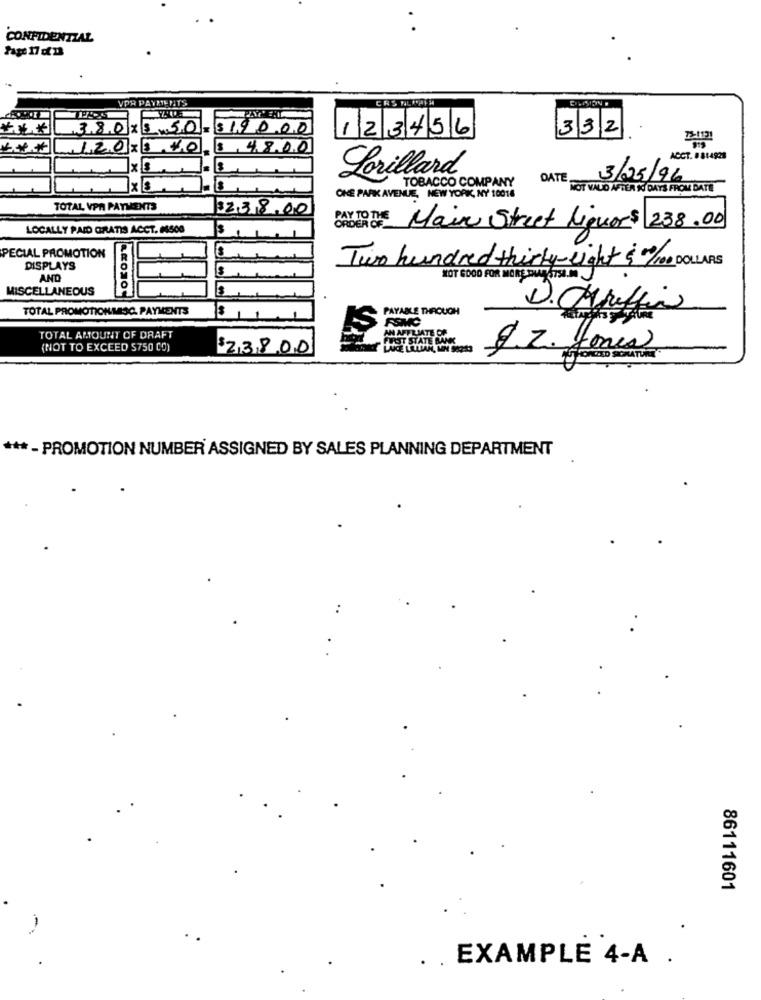
CONFIDENTIAL
Page 17 c 11
VPR PAYMENTS
CRS ALWAYS
****
38.0 X 5 50
$19000
123456
332
5-1121
120 X $ 40,
$4800
ACCT. # 814928
Lorillard
DATE
3/05/96
TOBACCO COMPANY
NOT VALO AFTER K DAYS FROM DATE
ONE PARK AVENUE, NEW YORK, NY 10016
TOTAL VPR PAYMENTS
323800
LOCALLY PAID GRATIS ACCT. 96500
PAY TO THE Main Street Liquor$ 238.00
PECIAL PROMOTION
Two hundred thirty-eight $0/100 DOLLARS
DISPLAYS
AND
NOT GOOD FOR MORE FUE GTSET
MISCELLANEOUS
TOTAL PROMOTIONMASO. PAYMENTS
PAYABLE THROUGH
D. OMraffin
FSMC
TOTAL AMOUNT OF DRAFT
AN AFFILIATE OF
(NOT TO EXCEED 5750 CO)
23800
$. 2. you
***- PROMOTION NUMBER ASSIGNED BY SALES PLANNING DEPARTMENT
..
86111601
. . EXAMPLE 4-A .